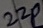
Text: 22P